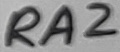
Text: RA2